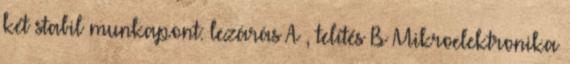
két stabil munkapont: lezárás A , telítés B Mikroelektronika